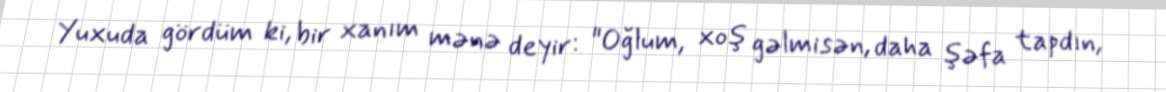
Yuxuda gördüm ki, bir xanım mənə deyir: "Oğlum, xoş gəlmisən, daha şəfa tapdın,